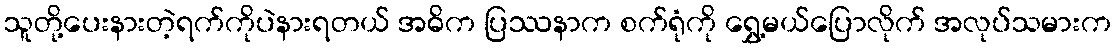
သူတို့ပေးနားတဲ့ရက်ကိုပဲနားရတယ် အဓိက ပြဿနာက စက်ရုံကို ရွှေ့မယ်ပြောလိုက် အလုပ်သမားက